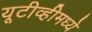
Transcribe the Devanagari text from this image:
यूटीव्हीमध्ये